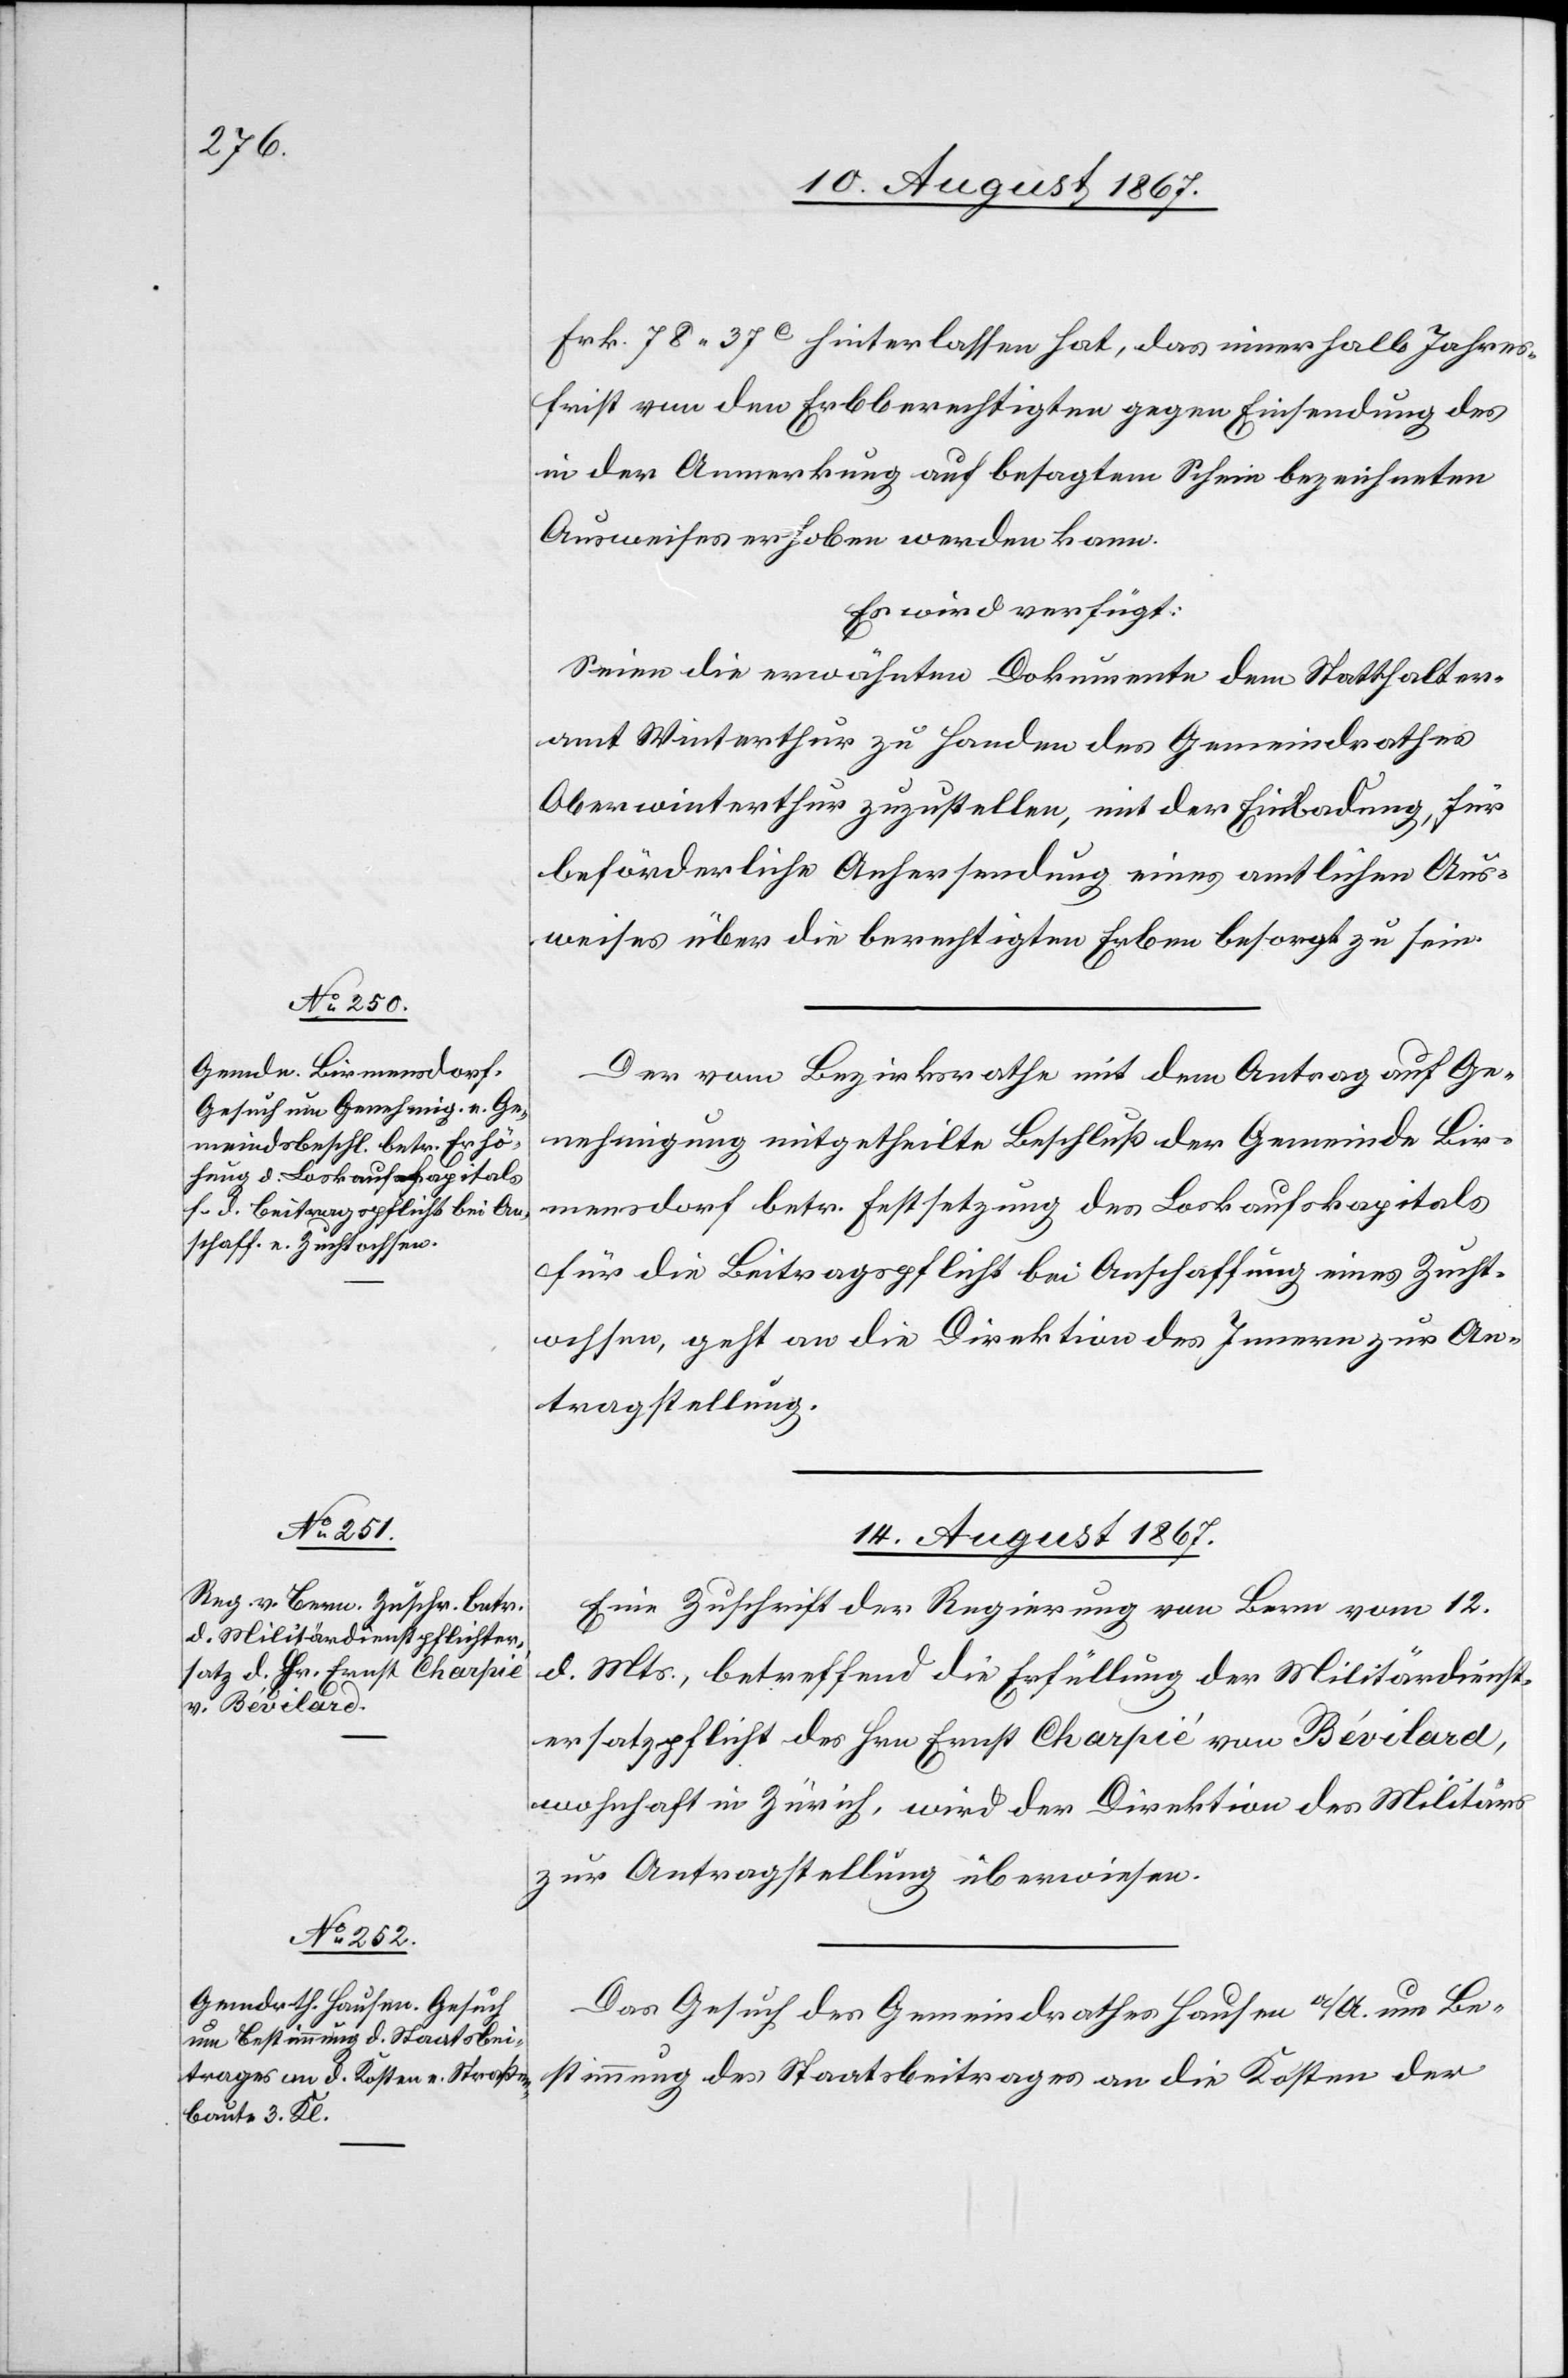
13. August 1867.]
Frk. 78.37c. hinterlassen hat, das innerhalb Jahres¬
frist von den Erbberechtigten gegen Einsendung des
in der Anmerkung auf besagtem Schein bezeichneten
Ausweises erhoben werden kann.
Es wird verfügt:
Seien die erwähnten Dokumente dem Statthalter¬
amt Winterthur zu Handen des Gemeindrathes
Oberwinterthur zuzustellen, mit der Einladung, für
beförderliche Anhersendung eines amtlichen Aus¬
weises über die berechtigten Erben besorgt zu sein.
Der vom Bezirksrathe mit dem Antrag auf Ge¬
nehmigung mitgetheilte Beschluß der Gemeinde Bir¬
mensdorf betr. Festsetzung des Loskaufskapitals
für die Beitragspflicht bei Anschaffung eines Zucht¬
ochsen, geht an die Direktion des Innern zur An¬
tragstellung.
14. August 1867.]
Eine Zuschrift der Regierung von Bern vom 12.
d. Mts., betreffend die Erfüllung der Militärdienst¬
ersatzpflicht des Hrn. Ernst Charpié von Bévilard,
wohnhaft in Zürich, wird der Direktion des Militärs
zur Antragstellung überwiesen.
Das Gesuch des Gemeindrathes Hausen a/A. um Be¬
stimmung des Staatsbeitrages an die Kosten der